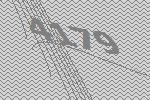
4179